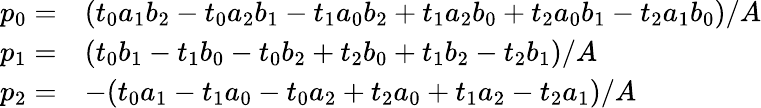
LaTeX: \begin{array}{rl}{p_{0}=}&{(t_{0}a_{1}b_{2}-t_{0}a_{2}b_{1}-t_{1}a_{0}b_{2}+t_{1}a_{2}b_{0}+t_{2}a_{0}b_{1}-t_{2}a_{1}b_{0})/A}\\ {p_{1}=}&{(t_{0}b_{1}-t_{1}b_{0}-t_{0}b_{2}+t_{2}b_{0}+t_{1}b_{2}-t_{2}b_{1})/A}\\ {p_{2}=}&{-(t_{0}a_{1}-t_{1}a_{0}-t_{0}a_{2}+t_{2}a_{0}+t_{1}a_{2}-t_{2}a_{1})/A}\end{array}